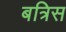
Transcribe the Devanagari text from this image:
बत्रिस